Document type: Sale
Year: 1440
Scribe: Pere Pau Pujades
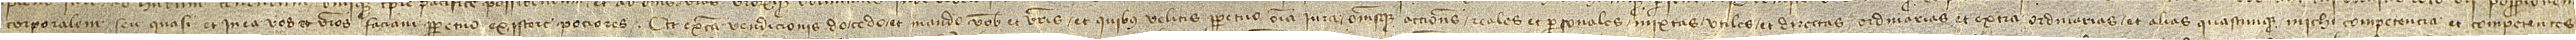
corporalem seu quasi et in ea vos et vestros faciam perpetuo existere pociores. Et ex causa vendicionis do, cedo et mando vobis et vestris et quibus velitis perpetuo omnia iura omnesque acciones reales et personales, mixtas, utiles et directas, ordinarias et extra ordinarias et alias quascumque michi competencia et competentes